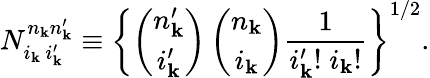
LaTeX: N_{i_{\mathbf k}\, i_{\mathbf k}^{\prime}}^{n_{\mathbf k}n_{\mathbf k}^{\prime}}\equiv\left\{ \left(\begin{array}{c}{{{n_{\mathbf k}^{\prime}}}}\\ {{{i_{\mathbf k}^{\prime}}}}\end{array}\right)\left(\begin{array}{c}{{n_{{\mathbf k}}}}\\ {{i_{\mathbf k}}}\end{array}\right)\frac{1}{i_{\mathbf k}^{\prime}!\; i_{\mathbf k}!}\right\} ^{1/2}.